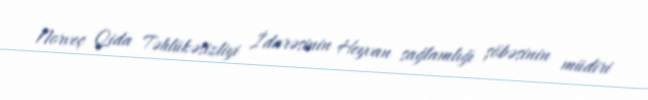
Norveç Qida Təhlükəsizliyi İdarəsinin Heyvan sağlamlığı şöbəsinin müdiri